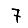
Digit: 7